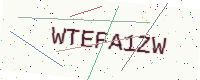
Text: WTEFA1ZW